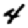
Digit: 4